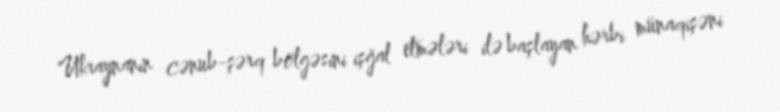
Ukraynanın cənub-şərq bölgəsini işğal etmələri ilə başlayan hərbi münaqişəni